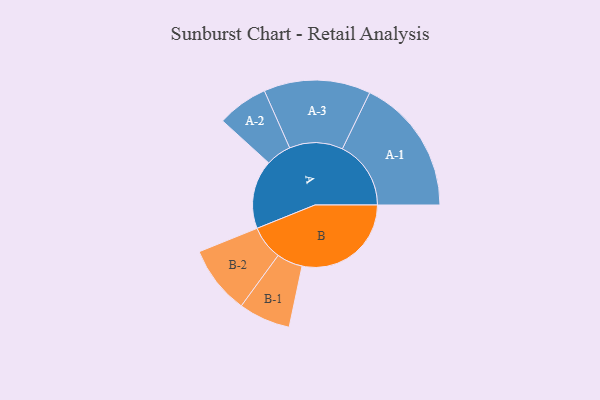
{"axis": {"x": "Segment", "y": "Value"}, "legend": ["", "A", "B"], "data": [{"x": "A", "y": 300, "type": ""}, {"x": "B", "y": 476, "type": ""}, {"x": "A-1", "y": 299, "type": "A"}, {"x": "A-2", "y": 111, "type": "A"}, {"x": "A-3", "y": 233, "type": "A"}, {"x": "B-1", "y": 113, "type": "B"}, {"x": "B-2", "y": 149, "type": "B"}]}